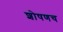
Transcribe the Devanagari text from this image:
शोषणच